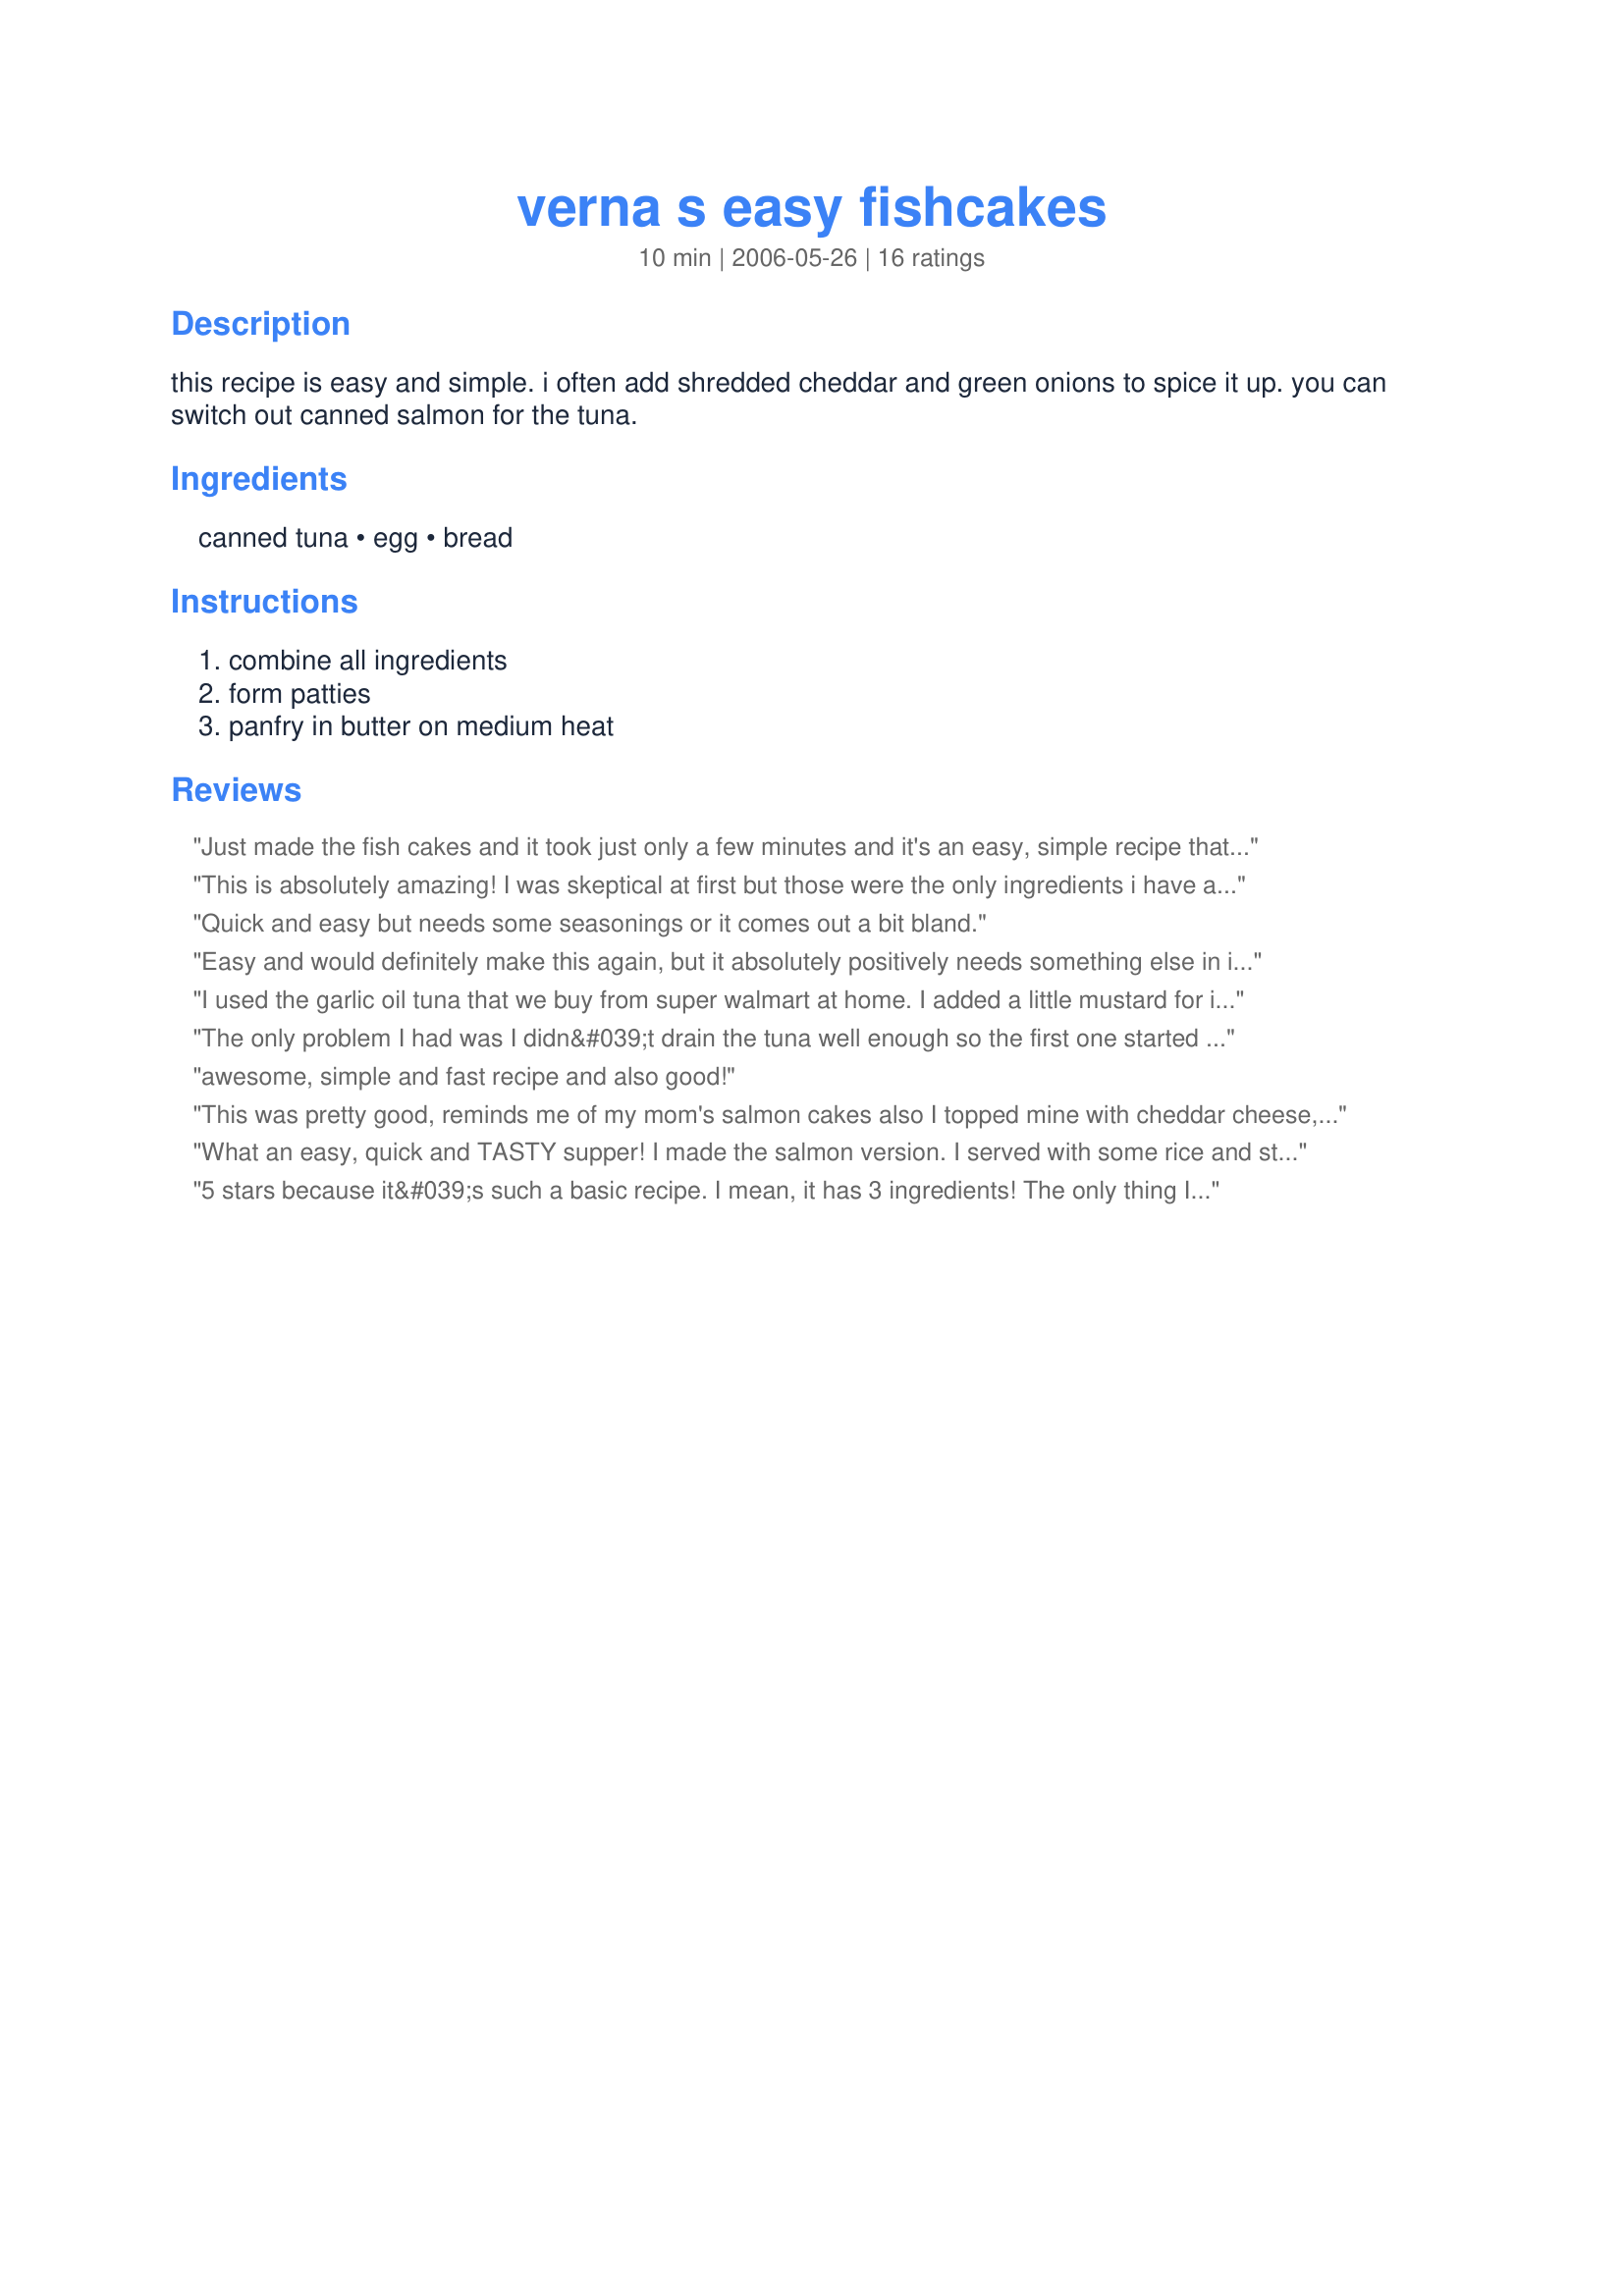
verna s easy fishcakes
Preparation time: 10 minutes

this recipe is easy and simple. i often add shredded cheddar and green onions to spice it up. you can switch out canned salmon for the tuna.

Ingredients:
canned tuna, egg, bread

Steps:
combine all ingredients, form patties, panfry in butter on medium heat

Reviews:
Just made the fish cakes and it took just only a few minutes and it's an easy, simple recipe that results in a tasty patty.
This is absolutely amazing! I was skeptical at first but those were the only ingredients i have at home so i made it...turns out great and super quick! thank you!
Quick and easy but needs some seasonings or it comes out a bit bland.
Easy and would definitely make this again, but it absolutely positively needs something else in it for flavour. They taste EXACTLY like a tuna toasted sandwich. I will probably put a slice of cheese and tomato on top after flipping it the first time in the frypan. Thank you, this will be very versatile for making different flavour combinations when there&#039;s nothing in my fridge to make for dinner.
I used the garlic oil tuna that we buy from super walmart at home. I added a little mustard for it to stick better. I used canola oil instead of butter to fry these. I have to say, these were very tasty!
The only problem I had was I didn&#039;t drain the tuna well enough so the first one started to fall apart. I just squeezed the excess out of the mixture with my hands and were fine, and very spicy because of all the other recommendations. The lady was right it wasn&#039;t to much bread. I put mine in the bullet mixer or whatever it is called.

Easy, quick and good.
awesome, simple and fast recipe and also good!
This was pretty good, reminds me of my mom's salmon cakes also
I topped mine with cheddar cheese,relish and ketchup on a potato bread bun, very yummy sandwich.
What an easy, quick and TASTY supper! I made the salmon version. I served with some rice and steamed broccoli. Pretty simple for after a hard day at work. Reminded me of my mom's salmon loaf without all the mixing and baking time! Made for My-3-Chef's 2008.
5 stars because it&#039;s such a basic recipe. I mean, it has 3 ingredients! The only thing I would say to improve it is just to mention adding some optional seasoning. I just like that they don&#039;t give specific seasoning ingredients because it can make people feel discouraged if they don&#039;t have them all. Anyway, I used relish, mayonnaise, shredded cheese, and mustard. Would have added more spices if I had them, but overall this is a really awesome dish. Obviously good enough to make me sign up for the website just to write a review...
This is definitely an easy recipe. I have very little cooking skills and this came out as I expected. The reason for 3 stars is that it is very bland. It definitely needs some form of spicing.
Yes, very simple and easy to put together. It seemed like it would be way too much bread at first, but it wasn&#039;t I did throw the torn bread into the food processor to break it up more, just a prefrence. I used tuna and added salt, pepper, dill and some honey mustard. They held up better than any fishcake/tuna burger recipe I&#039;ve used before. It was easy to form the patties and I could flip them without having them fall apart, which is what usually happens. Yummy too. Even the one year old liked it. I liked that they don&#039;t have a huge &quot;fishy&quot; taste.We ate ours as is, because I didn&#039;t want to make sandwiches as there was already so much bread, but I think they would definately work well on a sandwich with cheese and other toppings.
I LOVED this recipe - after I livened it up a bit! Here what I did:

I mixed the tuna with the egg, salt, pepper, golden raisins, yellow mustard, and tartar sauce (if I had had mayonnaise and relish I would have used these instead). I think cooked, thin apple slices would be great to add, too.

I used panko bread crumbs, which made it extra crunchy. To the sandwich I added dijon mustard on one slice, tartar sauce on the opposite slice.

Tucked into the (rye bread) sandwich were: sliced avocado, tomato, and lightly cooked spinach and arugula (I put the spinach and arugula on the pan for 5 seconds).

After I flipped the tuna cakes, I added cheddar cheese to the top, covered the pan with a lid, and let it melt! Overall it made a very hearty, flavorful sandwich.

Just use whatever ingredients you have that you think would be good! This recipe has a lot of potential.
I needed a quick and easy lunch for my son (5) and me. I made these and one he tried them he said "I DO like it! He is pretty picky. I really liked them too! Glad to be able to add a new recipe to our menu!
Excellent recipe! I'm a college kid and needed a quick tasty recipe. I added some cheese and some seasoning. I actually realized my frying pan was in the dishwasher when I started to make the recipe, so I browned the cakes in the toaster oven and they turned out great. Very crispy on the outside and perfect on the inside.
I used Franz&#039;s &quot;Great Seed&quot; organic bread because that was what I had left in the fridge. Other than having seeds, which I didn&#039;t mind, the bread caused the cake to flake a little bit. I used 1.5 eggs because the eggs our chickens lay are small, the cake was not over-powered with egg which is what I was afraid of. I used StarKist &#039;Chunk Light&#039; tuna packaged in Water. I added cumin, garlic powder, pepper, ground ginger, dried ground lemon peal, and chili powder before mixing it all together. My first &#039;tester cake&#039; was too thin so it fell apart, I also fried it in bitter which quickly turned brown and began to burn. The other 2 cakes turned out nicer as I fried them in vegetable oil and made them thicker. I served them along side the half of egg I didn&#039;t use, scrambled. I salted the patties and used mayo as dipping sauce.
